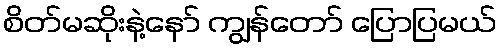
စိတ်မဆိုးနဲ့နော် ကျွန်တော် ပြောပြမယ်